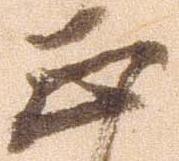
正